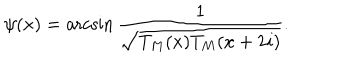
\psi ( x ) = \operatorname { a r c s i n } \frac { 1 } { \sqrt { T _ { M } ( x ) T _ { M } ( x + 2 i ) } } .